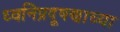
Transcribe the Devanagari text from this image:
ध्वनिप्रदूषणाच्या